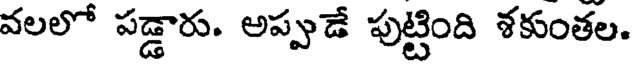
వలలో పడ్డారు. అప్పుడే పుట్టింది శకుంతల.